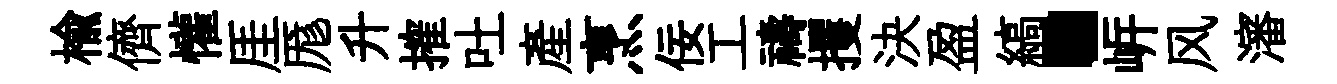
楡儕懽厓厖升搉吐産烹佞工禱攫決盈縞·㟁风瀋